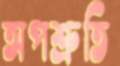
অপশ্রুতি